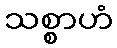
သစ္စာဟံ